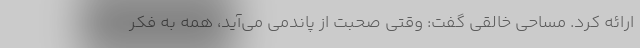
ارائه کرد. مساحی خالقی گفت: وقتی صحبت از پاندمی می‌آید، همه به فکر